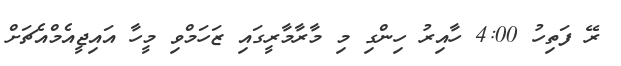
ރޭ ފަތިހު 4:00 ހާއިރު ހިންގި މި މާރާމާރީގައި ޒަހަމްވި މީހާ އައިޖީއެމްއެޗަށް